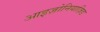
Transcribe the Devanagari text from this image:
आइज़ोनियाज़िड